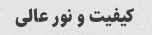
کیفیت و نور عالی